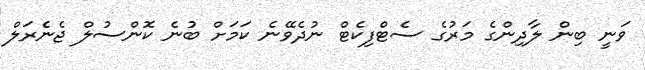
ވަނީ ބިން ލާދިންގެ މަރުގެ ސެޓްފިކެޓް ނުދެވޭނެ ކަމަށް ބުނެ ކޮންސުލް ޖެނެެރަލް